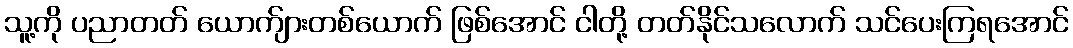
သူ့ကို ပညာတတ် ယောက်ျားတစ်ယောက် ဖြစ်အောင် ငါတို့ တတ်နိုင်သလောက် သင်ပေးကြရအောင်